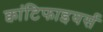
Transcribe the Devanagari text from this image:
क्वांटिफाइयर्स